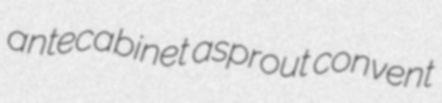
antecabinet asprout convent